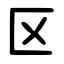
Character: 区